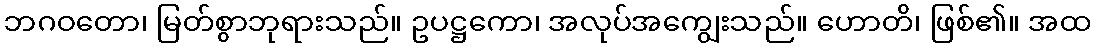
ဘဂဝတော၊ မြတ်စွာဘုရားသည်။ ဥပဋ္ဌကော၊ အလုပ်အကျွေးသည်။ ဟောတိ၊ ဖြစ်၏။ အထ